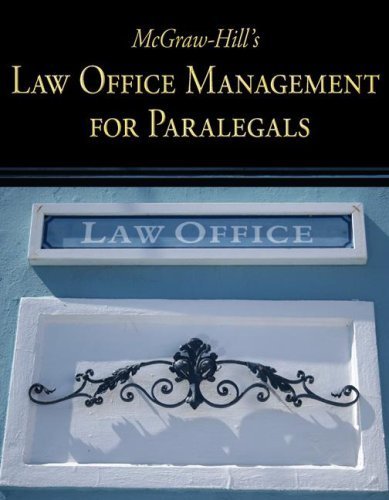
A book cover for McGraw-Hill's Law Office Management for Paralegals by McGraw-Hill, Higher Education, Technology, Curriculum [McGraw-Hill/Irwin,2008] [Paperback]; Law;